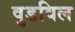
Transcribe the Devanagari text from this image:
वुडविल